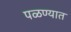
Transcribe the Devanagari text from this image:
पळण्यात